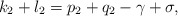
\begin{align*}k_2 + l_2 = p_2 + q_2 - \gamma + \sigma , \end{align*}